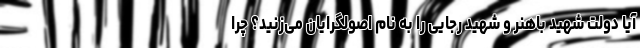
آیا دولت شهید باهنر و شهید رجایی را به نام اصولگرایان می‌زنید؟ چرا